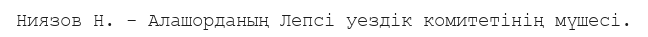
Ниязов Н. - Алашорданың Лепсі уездік комитетінің мүшесі.